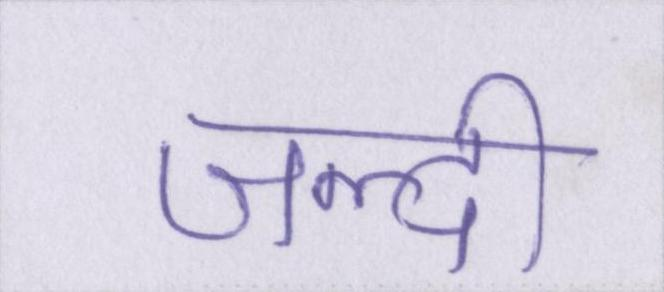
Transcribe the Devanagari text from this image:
जल्दी